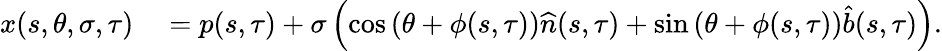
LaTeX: \begin{array}{rl}{x(s,\theta,\sigma,\tau)}&{{}=p(s,\tau)+\sigma\left(\cos\left(\theta+\phi(s,\tau)\right)\widehat{n}(s,\tau)+\sin\left(\theta+\phi(s,\tau)\right)\widehat{b}(s,\tau)\right).}\end{array}